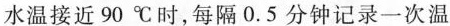
水温接近90℃时，每隔0.5分钟记录一次温